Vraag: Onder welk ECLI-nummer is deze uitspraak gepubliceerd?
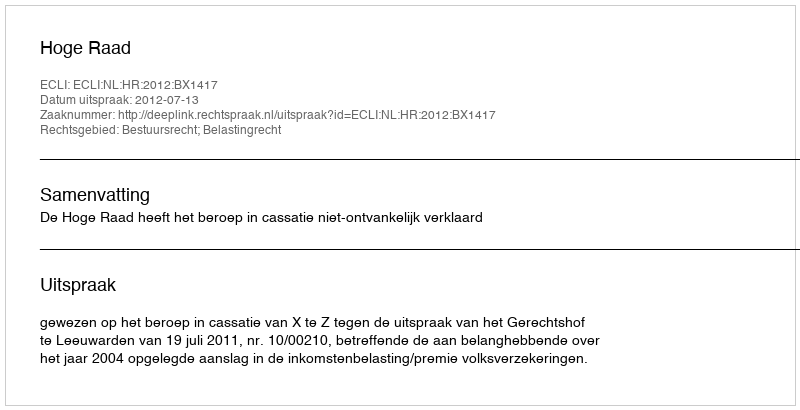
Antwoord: ECLI:NL:HR:2012:BX1417